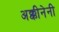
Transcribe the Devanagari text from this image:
अक्कीनेनी